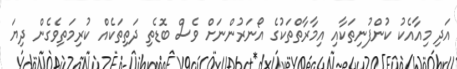
އަދި މިއާއެކު ކުންފުނިތަކާއި އިމާރާތްތަކުގެ އޯނަރުންނަށް ވެސް ބޮޑެތި ދަތިތަކެއް ކުރިމަތިވެގެން ދިޔަ